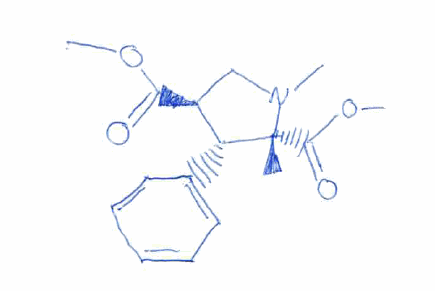
Simplified molecular-input line-entry system (SMILES) notation of the given molecule:
C[C@]1([C@@H]([C@H](CN1C)C(=O)OC)C2=CC=CC=C2)C(=O)OC